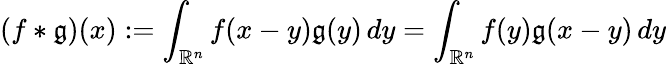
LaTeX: (f\ast\mathfrak{g})(x):=\int_{\mathbb{{R}}^{n}}f(x-y)\mathfrak{g}(y)\, dy=\int_{\mathbb{{R}}^{n}}f(y)\mathfrak{g}(x-y)\, dy